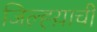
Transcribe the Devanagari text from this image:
जिल्ह्य़ाची